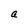
Character: a